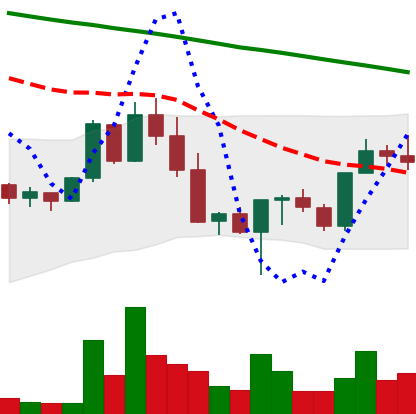
Ticker: NEO-USD
Chart end date: 2022-03-03
Forward return: -13.132%
Label: down_7plus